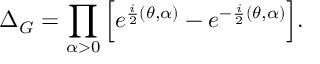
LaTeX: \Delta _ { G } = \prod _ { \alpha > 0 } \Big [ e ^ { \frac { i } { 2 } ( \theta , \alpha ) } - e ^ { - \frac { i } { 2 } ( \theta , \alpha ) } \Big ] .